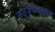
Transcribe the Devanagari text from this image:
नडुक्कल्लुकल